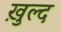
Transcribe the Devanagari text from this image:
ख़ुल्द